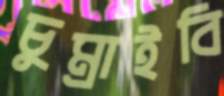
চুম্‌রাইবি